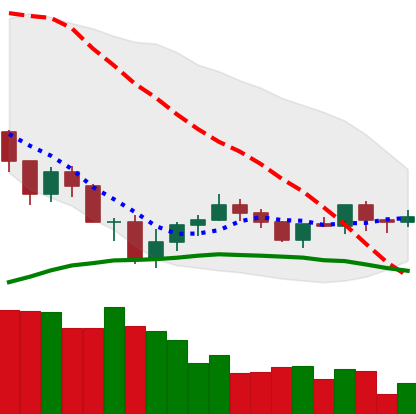
Ticker: ADA-USD
Chart end date: 2019-07-29
Forward return: -4.355%
Label: down_3_5